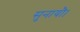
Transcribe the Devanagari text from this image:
सुनायौ।